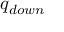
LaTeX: \ q _ { d o w n }